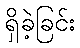
ရှိခဲ့ခြင်း